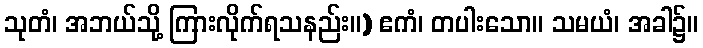
သုတံ၊ အဘယ်သို့ ကြားလိုက်ရသနည်း။) ဧကံ၊ တပါးသော။ သမယံ၊ အခါ၌။